Annual administration and progress report of the Indian Medical Department, Bombay
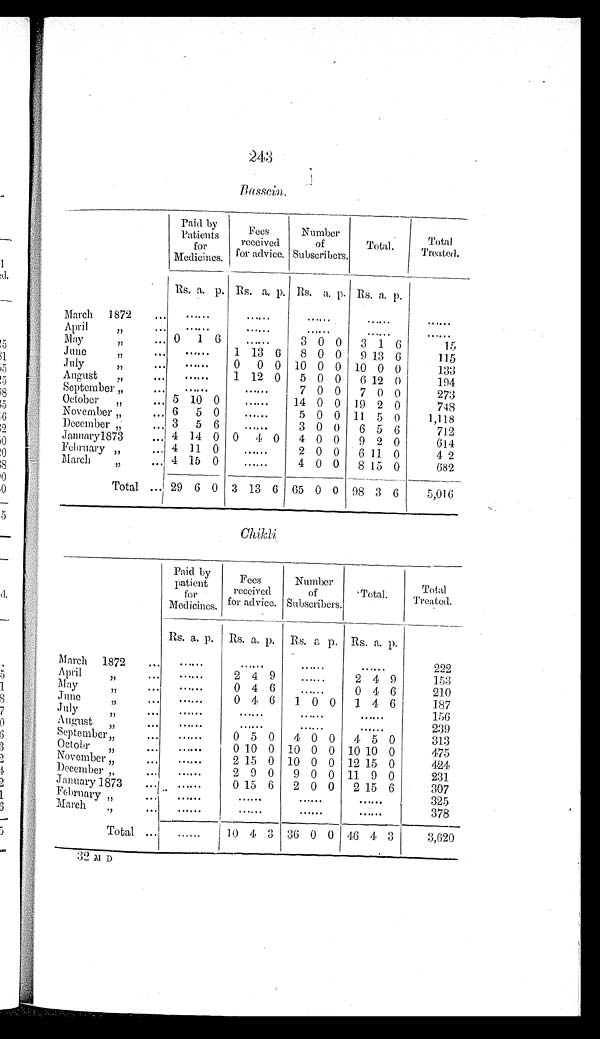
Bassein.
Paid by
Patients
for
Medicines.
Fees
received
for advice.
Number
of
Subscribers.
Total.
Total
T r e a t e d .
Rs. a. p. Rs. a. p. Rs. a. p. Rs. a. p.
March 1872
.. ......
......
......
......
. . . . . .
April
”
. . ......
. . . . . .
......
......
. . . . . .
May ”
.. 0 1 6
......
3 0 0 3 1 6
1 5
June
” . . .
......
1 13 6 8 0 0 9 13 6
115
July
”
... ......
0 0 0 10 0 0 10 0 0
133
August ”
... ......
1 12 0 5 0 0
6 12 0
194
September ” ...
......
. . . . . .
7 0 0 7 0 0
273
October ”
... 5 10 0
. . . . . .
14 0 0 19 2 0
748
November ”
... 6 5 0
. . . . . .
5 0 0 11 5 0
1,118
December ”
... 3 5 6
. . . . . .
3 0 0 6 5 6
712
January 1873
... 4 14 0 0 4 0 4 0 0 9 2 0
614
February ”
4 11 0
.....
2 0 0 0 11 0
42
March
” ...
4 15 0
. . . . .
4 0 0 8 15 0
682
Total ... 29 6 0 3 13 6 65 0 0 98 3 6
5,016
Paid by
patient
for
Medicines.
Fees
received
for advice.
Number
of
Subscribers.
Total.
Total
Treated.
Rs. a. p. Rs. a. p. Rs. a. p. Rs. a. p.
March 1872
...
. . . . . .
. . . . . .
. . . . . .
......
222
April ...
. . . . . .
2 4 9
....
2 4 9
153
May...
. . . . . .
0 4 6
. . .
0 4 6
210
June
..
.
......
0 4 6 1 0 0 1 4 6
187
July
...
. . . . . .
. . . . . .
. . . . . .
......
156
August ” ..
. . . . . .
. . . . . .
......
......
239
September
...
. . . . . .
0 5 0 4 0 0 4 5 0
313
Octobr
. . .
. . . . . .
0 10 0 10 0 0 10 10 0
475
November ” . . .
. . . . . .
2 15 0 10 0 0 12 15 0
424
December ”
......
2 0 0 9 0 0 11 9 0
231
January 1873
. . . . . .
0 15 6 2 0 0 2 15 6
307
February
......
. . . . . .
. . . . . .
......
325
March
” ...
......
......
......
......
378
Total ...
. . . . . .
10 4 3 36 0 0 46 4 3
3,620
3 2 M D